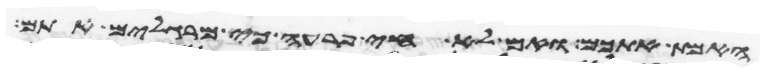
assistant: האמת אתכם ואם לא חי פרעה כי מרגלים אתם